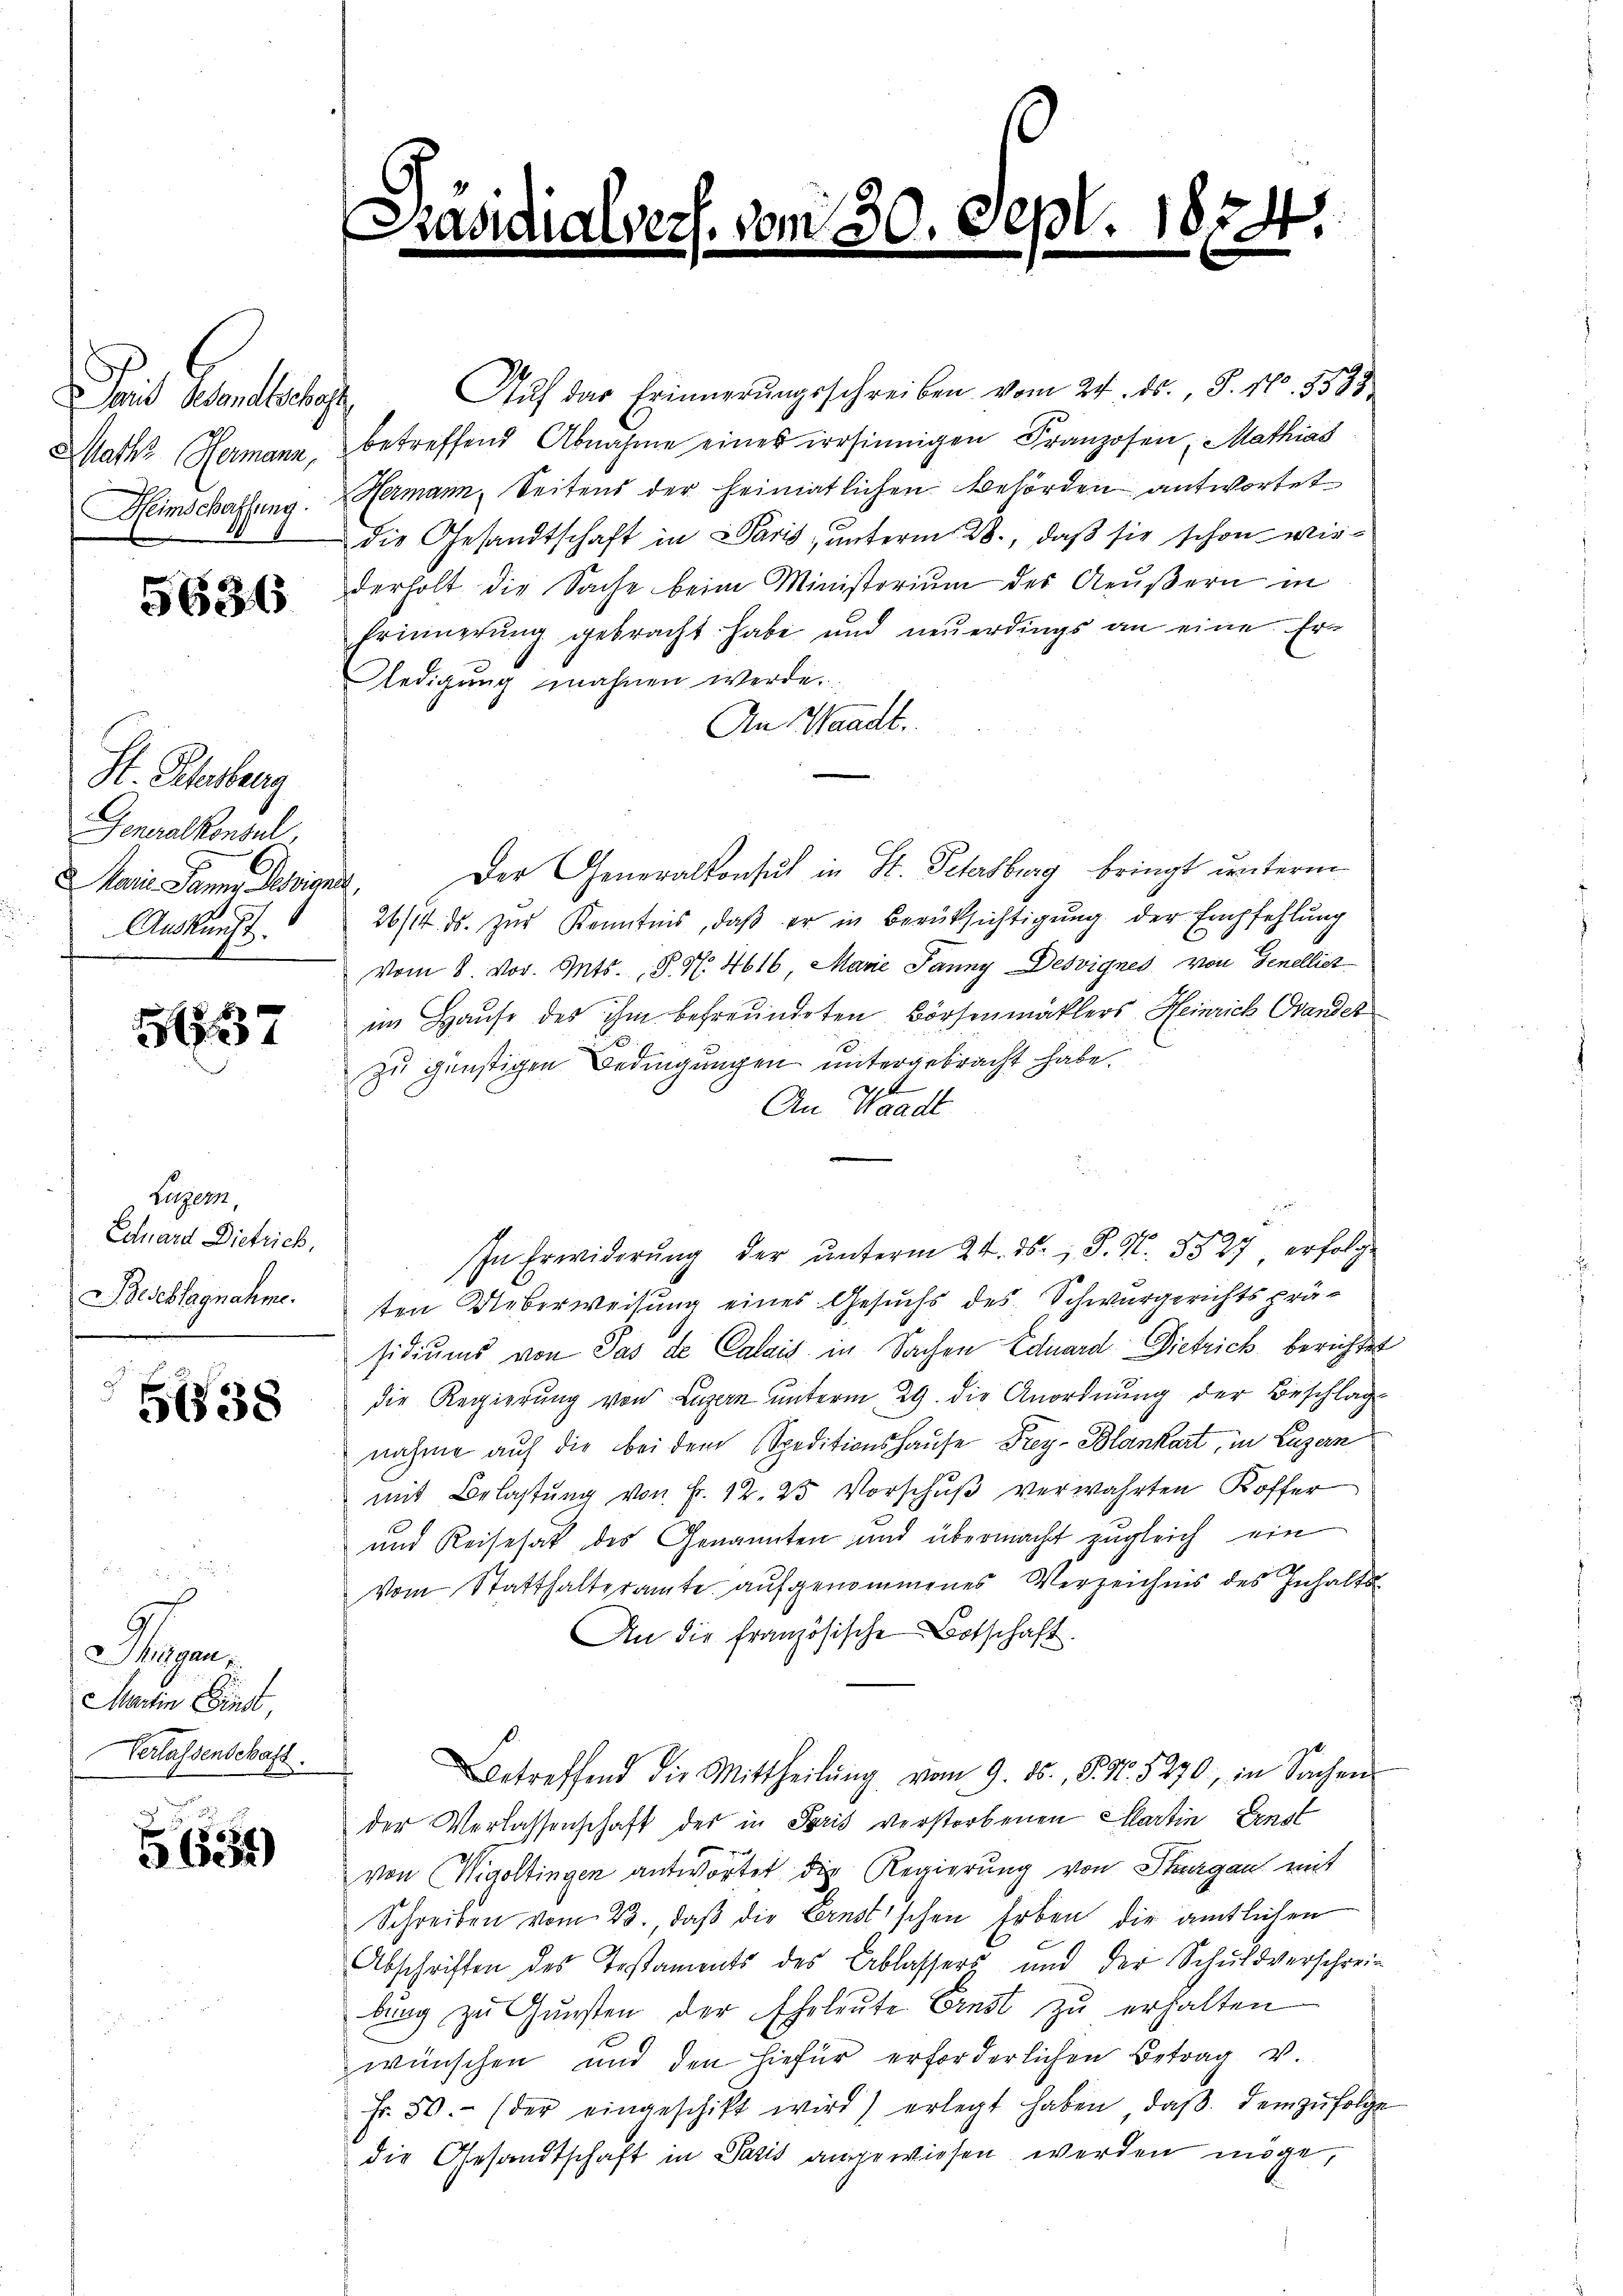
id Gesamtliches
Mathe Hermann,
Heimschaffung.

5636

St. Scherberg
Generalkonsul
Marie Sammen Serien
Auskunft.

51837

Wege
Echard Dietrich,
Beschlagnahme.

5638

higen
Martin Einst,
Verlassenschaft.

5634)

vom 30.

Aŭf das Erinnerungsschreiben vom 24. ds. S. Nr. 3523.
betreffend Abnahme einer irrsinnigen Franzosen, Mathias
Hermann, Seitens der heimatlichen Behörden antwortet
die Gesandtschaft in Paris, unterm 28., daß sie schon wiederholt die Sache beim Ministerium des Aeußern in
Erinnerung gebracht habe und neŭerdings an eine Er-
ledigung mahnen werde.
An Waadt.
Der Generalkonsich in St. Petersburg bringt unterm
¬
26/14. ds. zur Kenntnis, daß er in Berüksichtigung der Empfehlung
vom 8. vor. Mts. S. Nr. 4616, Marie Janny Desvignes von Genellist
im Hause des ihm befreundeten Börsenmaklers Heinrich Grandes
zu günstigen Bedingungen untergebracht habe.
An Waadt
In Erwiderŭng der ŭnterm 24. ds., S. N. 5527 erfolge
ten Ueberweisung eines Gesuchs des Schwurgerichtspräsidiums von Pas de Calais in Sachen Eduard Dietrick berichtet
die Regierung von Luzern unterm 29. die Anordnung der Beschlag
nahme auf die bei dem Speditionshause Frey-Blankart, in Luzern
mit Belastung von Fr. 12. 25 Vorschuß verwahrten Koffer
und Reisehat des Genannten und übermacht zugleich ein
Vom Statthalteramte aufgenommenes Verzeichnis des Inhalts¬
An die Französische Botschaft.
Betreffend die Mittheilŭng vom 9. ds., S. Nr. 5270, in Sachen
der Verlassenschaft der in Paris verstorbenen Martin Ernst
von Wigoltingen antwortet die Regierung von Sargau mit
Schreiben vom 23. daβ die Ernstischen Erben die amtlichen
Abschriften des Testaments des Ablassers und der Schuldverschreibung zŭ Gŭnsten der Eheleŭte Ernst zŭ erhalten
wünschen und den hiefür erforderlichen Betrag v.
Fr. 50.- (der eingeschikt wird) erlegt haben, daβ dem zŭfolge
die Gesandtschaft in Satis angewiesen werden möge,

824.